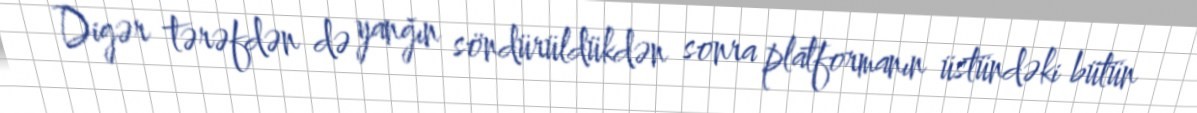
Digər tərəfdən də yanğın söndürüldükdən sonra platformanın üstündəki bütün